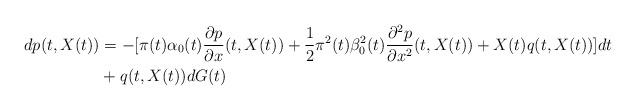
LaTeX: \begin{align*}dp(t,X(t))&=-[\pi(t)\alpha_0(t)\frac{\partial p}{\partial x}(t,X(t))+\frac{1}{2}\pi^2(t)\beta_0^2(t)\frac{\partial^2 p}{\partial x^2}(t,X(t))+X(t)q(t,X(t))]dt\\&+q(t,X(t)) dG(t)\end{align*}